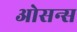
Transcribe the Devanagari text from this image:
ओसन्स